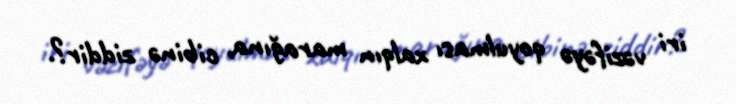
iri vəzifəyə qoyulması xalqın marağına, cibinə ziddir?.